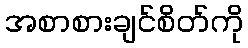
အစာစားချင်စိတ်ကို